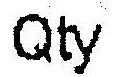
QTY